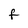
Character: F